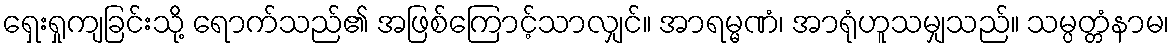
ရှေးရှုကျခြင်းသို့ ရောက်သည်၏ အဖြစ်ကြောင့်သာလျှင်။ အာရမ္မဏံ၊ အာရုံဟူသမျှသည်။ သမ္ပတ္တံနာမ၊